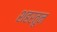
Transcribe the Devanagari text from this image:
शहरतून